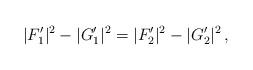
LaTeX: \begin{align*}|F_1'|^2- |G_1'|^2=|F_2'|^2- |G_2'|^2\,,\end{align*}